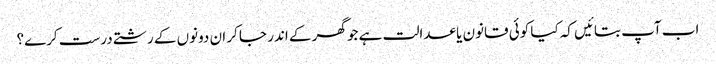
اب آپ بتائیں کہ کیا کوئی قانون یا عدالت ہے جو گھر کے اندر جا کر ان دونوں کے رشتے درست کرے؟